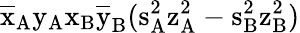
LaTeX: \mathrm{\overline{{x}}_{A}\mathrm{y_{A}\mathrm{x_{B}\mathrm{\overline{{y}}_{B}(\mathrm{s_{A}^{2}\mathrm{z_{A}^{2}-\mathrm{s_{B}^{2}\mathrm{z_{B}^{2})}}}}}}}}